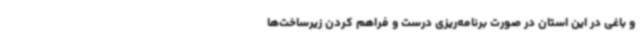
و باغی در این استان در صورت برنامه‌ریزی درست و فراهم کردن زیرساخت‌ها